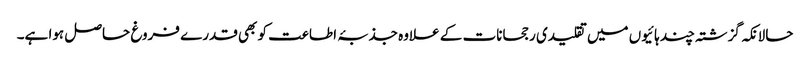
حالانکہ گزشتہ چند ہائیوں میں تقلیدی رجحانات کے علاوہ جذبۂ اطاعت کو بھی قدرے فروغ حاصل ہوا ہے۔